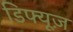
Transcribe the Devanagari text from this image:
डिफ्यूज़